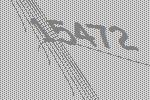
15472